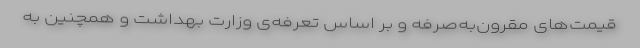
قیمت‌های مقرون‌به‌صرفه و بر اساس تعرفه‌ی وزارت بهداشت و همچنین به